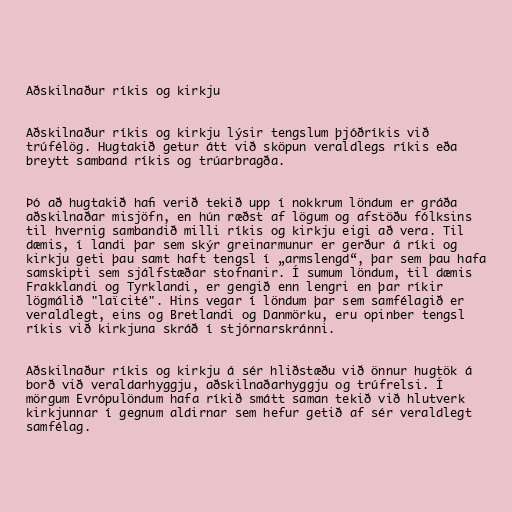
Aðskilnaður ríkis og kirkju

Aðskilnaður ríkis og kirkju lýsir tengslum þjóðríkis við
trúfélög. Hugtakið getur átt við sköpun veraldlegs ríkis eða
breytt samband ríkis og trúarbragða.

Þó að hugtakið hafi verið tekið upp í nokkrum löndum er gráða
aðskilnaðar misjöfn, en hún ræðst af lögum og afstöðu fólksins
til hvernig sambandið milli ríkis og kirkju eigi að vera. Til
dæmis, í landi þar sem skýr greinarmunur er gerður á ríki og
kirkju geti þau samt haft tengsl í „armslengd“, þar sem þau hafa
samskipti sem sjálfstæðar stofnanir. Í sumum löndum, til dæmis
Frakklandi og Tyrklandi, er gengið enn lengri en þar ríkir
lögmálið "laïcité". Hins vegar í löndum þar sem samfélagið er
veraldlegt, eins og Bretlandi og Danmörku, eru opinber tengsl
ríkis við kirkjuna skráð í stjórnarskránni.

Aðskilnaður ríkis og kirkju á sér hliðstæðu við önnur hugtök á
borð við veraldarhyggju, aðskilnaðarhyggju og trúfrelsi. Í
mörgum Evrópulöndum hafa ríkið smátt saman tekið við hlutverk
kirkjunnar í gegnum aldirnar sem hefur getið af sér veraldlegt
samfélag.